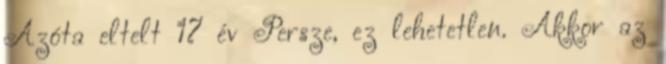
Azóta eltelt 17 év Persze, ez lehetetlen. Akkor az